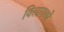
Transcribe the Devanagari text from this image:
विलायको